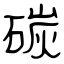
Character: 碳